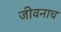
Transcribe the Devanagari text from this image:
जीवनाच